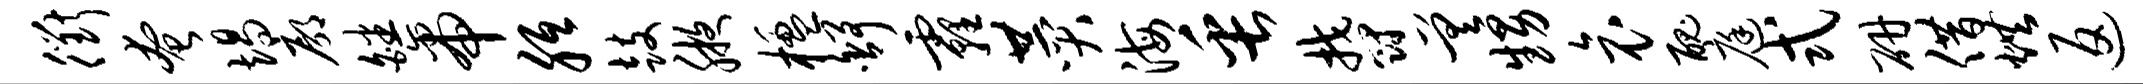
衢奄竭廓皤帝胝鼓腋楹舒霾赞海缶郁差甥哀丑庭式研借烘返